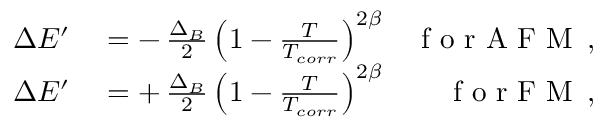
\begin{array} { r l r } { \Delta E ^ { \prime } } & { { } = - \, \frac { \Delta _ { B } } { 2 } \left( 1 - \frac { T } { T _ { c o r r } } \right) ^ { 2 \beta } } & { \mathrm { ~ f ~ o ~ r ~ A ~ F ~ M ~ } \, , } \\ { \Delta E ^ { \prime } } & { { } = + \, \frac { \Delta _ { B } } { 2 } \left( 1 - \frac { T } { T _ { c o r r } } \right) ^ { 2 \beta } } & { \mathrm { ~ f ~ o ~ r ~ F ~ M ~ } \, , } \end{array}